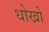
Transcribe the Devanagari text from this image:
धोखो